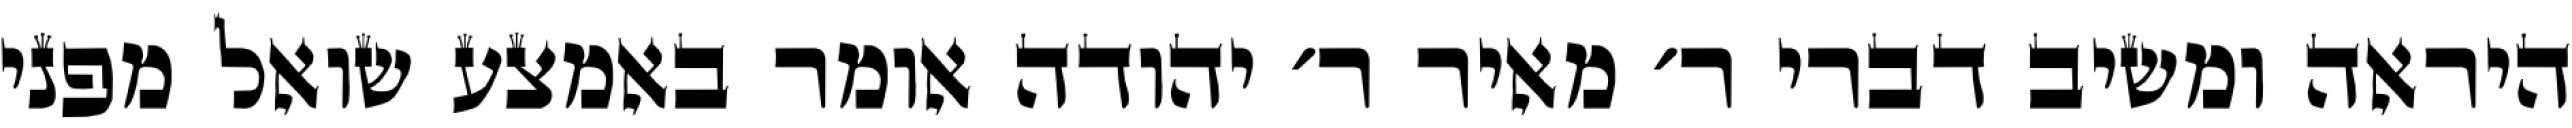
היראה ומשיב דברי ר׳ מאיר ר׳ יהודה אומר באמצע שואל מפני